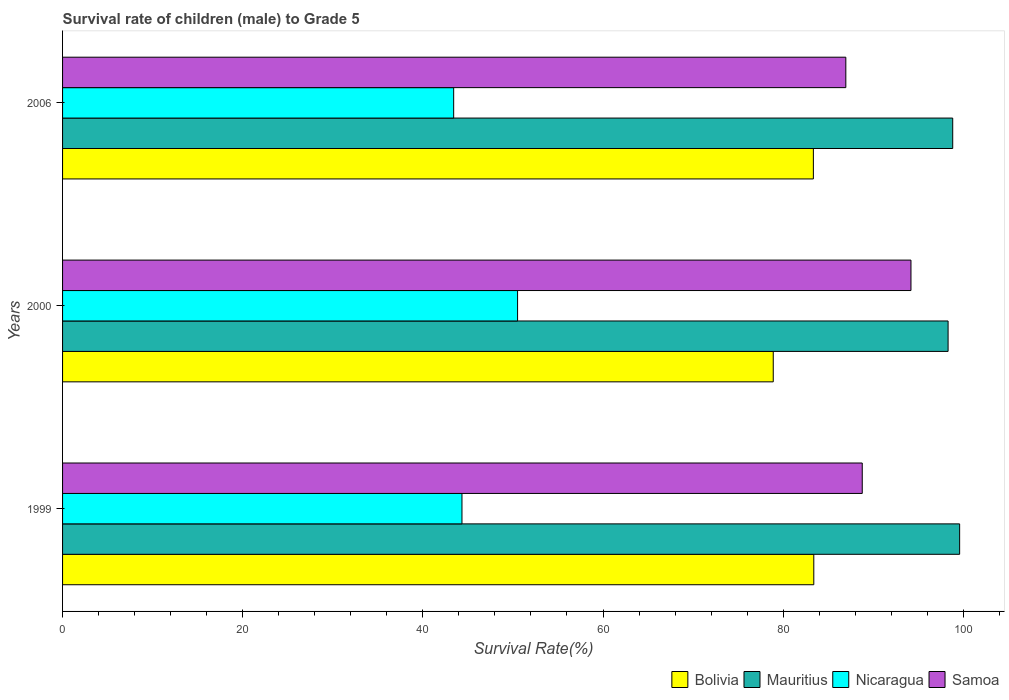
| Years | Bolivia | Mauritius | Nicaragua | Samoa |
 | --- | --- | --- | --- | --- |
 | 1999 | 83.4 | 99.6 | 44.3 | 88.8 |
 | 2000 | 78.9 | 98.3 | 50.5 | 94.2 |
 | 2006 | 83.4 | 98.8 | 43.4 | 87 |